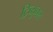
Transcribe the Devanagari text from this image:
ट्रिब्युनल